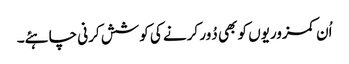
اُن کمزوریوں کو بھی دُور کرنے کی کوشش کرنی چاہئے۔